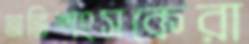
অভিশংসকেরা